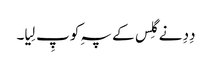
دِدِ نے گِلس کے پہِ کو پِ لِیا۔